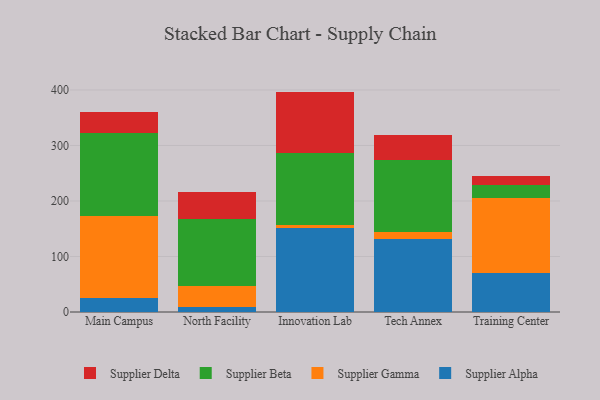
{"axis": {"x": "Campus", "y": "Population (Million)"}, "legend": ["Supplier Alpha", "Supplier Beta", "Supplier Delta", "Supplier Gamma"], "data": [{"x": "Main Campus", "y": 25.7, "type": "Supplier Alpha"}, {"x": "Main Campus", "y": 147.3, "type": "Supplier Gamma"}, {"x": "Main Campus", "y": 149.7, "type": "Supplier Beta"}, {"x": "Main Campus", "y": 37.2, "type": "Supplier Delta"}, {"x": "North Facility", "y": 9.2, "type": "Supplier Alpha"}, {"x": "North Facility", "y": 38.2, "type": "Supplier Gamma"}, {"x": "North Facility", "y": 119.6, "type": "Supplier Beta"}, {"x": "North Facility", "y": 49.7, "type": "Supplier Delta"}, {"x": "Innovation Lab", "y": 150.6, "type": "Supplier Alpha"}, {"x": "Innovation Lab", "y": 6.0, "type": "Supplier Gamma"}, {"x": "Innovation Lab", "y": 129.6, "type": "Supplier Beta"}, {"x": "Innovation Lab", "y": 110.9, "type": "Supplier Delta"}, {"x": "Tech Annex", "y": 131.8, "type": "Supplier Alpha"}, {"x": "Tech Annex", "y": 12.1, "type": "Supplier Gamma"}, {"x": "Tech Annex", "y": 129.5, "type": "Supplier Beta"}, {"x": "Tech Annex", "y": 45.1, "type": "Supplier Delta"}, {"x": "Training Center", "y": 70.3, "type": "Supplier Alpha"}, {"x": "Training Center", "y": 135.8, "type": "Supplier Gamma"}, {"x": "Training Center", "y": 23.2, "type": "Supplier Beta"}, {"x": "Training Center", "y": 15.5, "type": "Supplier Delta"}]}